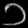
Digit: ၁